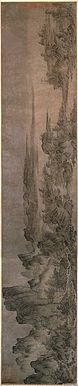
北极朝廷终不改，西山寇盗莫相侵。